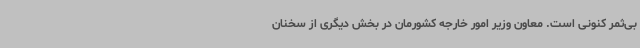
بی‌ثمر کنونی است. معاون وزیر امور خارجه کشورمان در بخش دیگری از سخنان